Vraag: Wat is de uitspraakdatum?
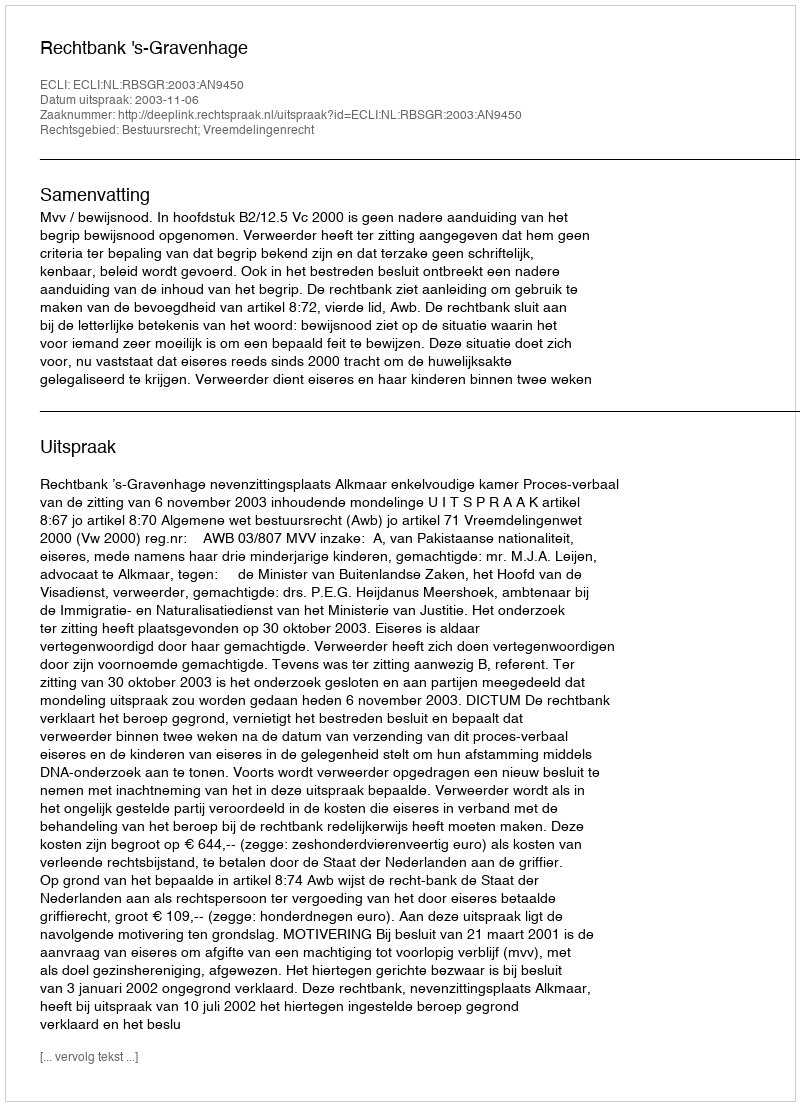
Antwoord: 2003-11-06